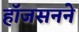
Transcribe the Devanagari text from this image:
हॉजसनने